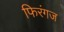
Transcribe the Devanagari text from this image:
फिरंगज